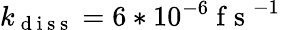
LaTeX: k_{\mathrm{~d~i~s~s~}}=6*10^{-6}\mathrm{~f~s~}^{-1}